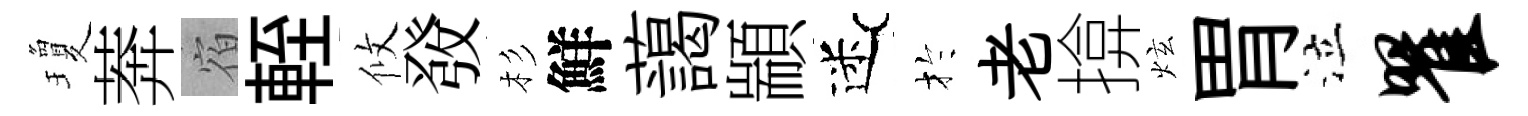
瓊莾宿輊攸𤼲杉鮮藹顓迷扵老揜炫胃泣瞿